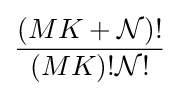
{\frac {\left(MK+{\mathcal {N}}\right)!}{\left(MK\right)!{\mathcal {N}}!}}